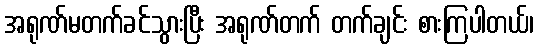
အရုဏ်မတက်ခင်သွားပြီး အရုဏ်တက် တက်ချင်း စားကြပါတယ်၊